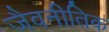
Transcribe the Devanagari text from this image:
जैवनीतिक